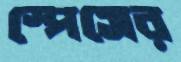
স্পেসের